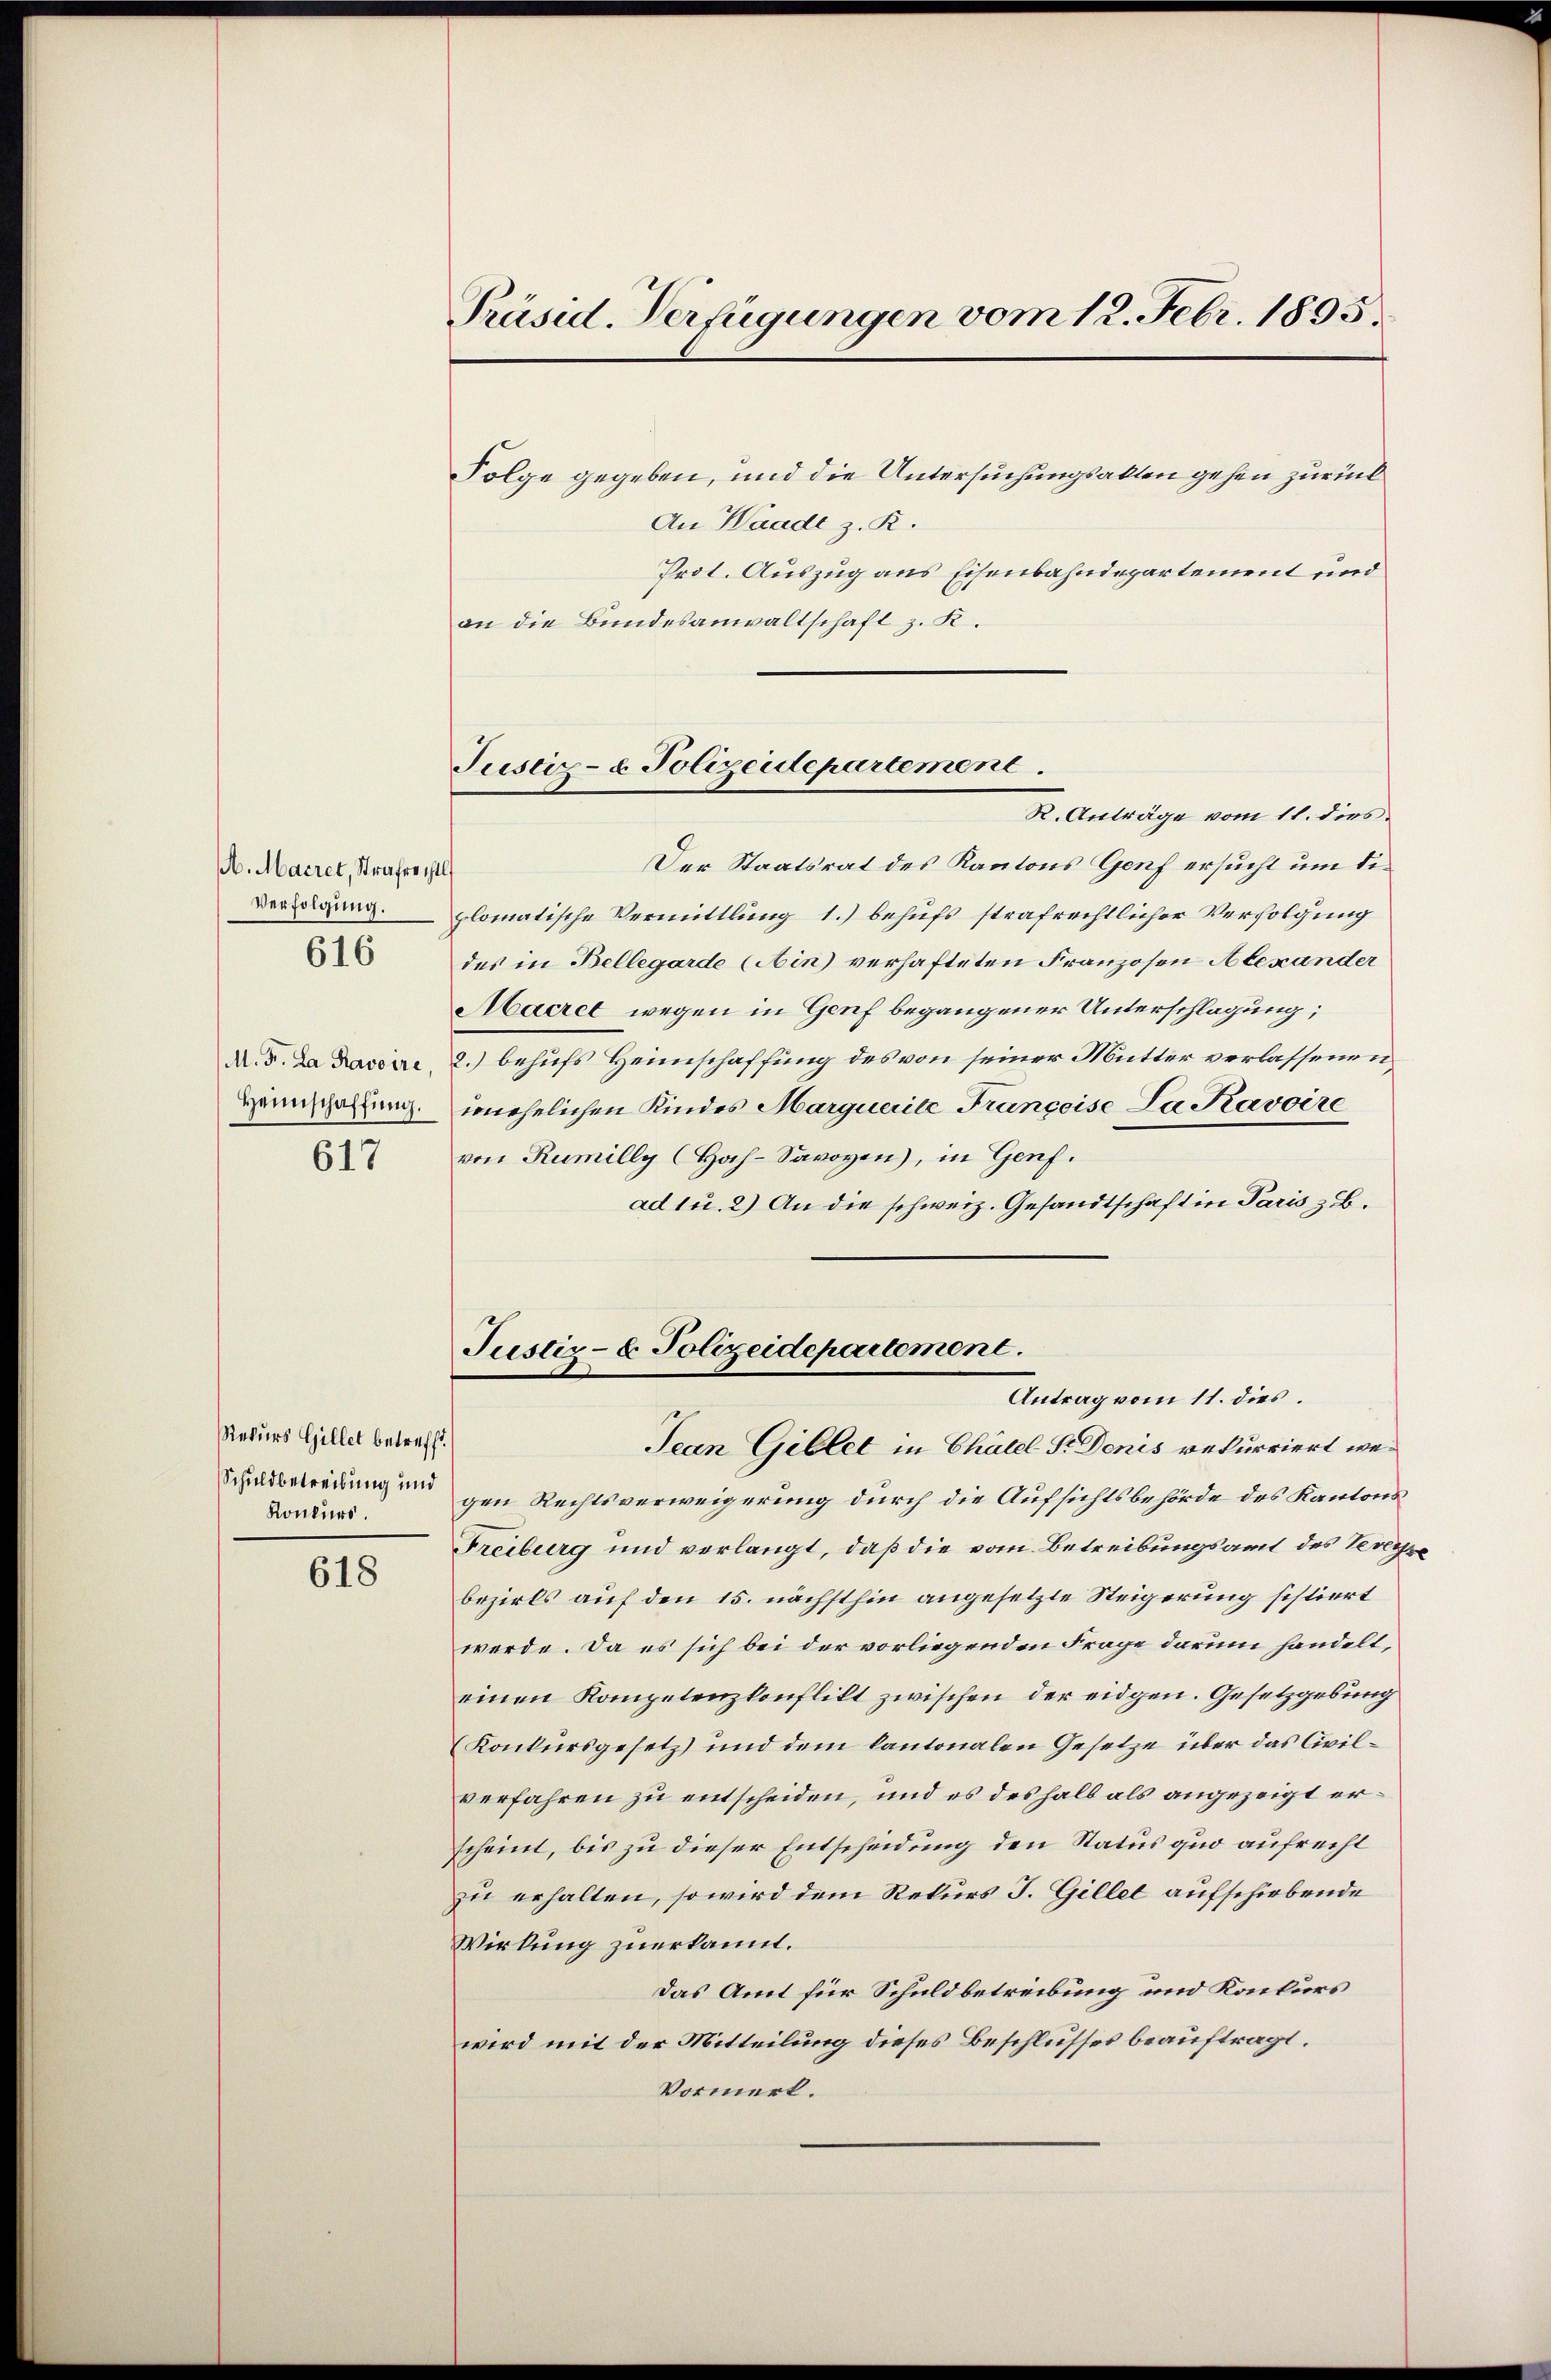
. Maeret, Strafrec
Verfolgung.
616

M. F. La Ravoire
Heimschaffung.

617

Rekurs Gillet betreff
Schuldbetreibung und
Konkurs.

618

Präsid. Verfügungen vom 12. Febr. 1895.

Justiz- & Polizeidepartement.

Folge gegeben, und die Untersuchungsalten gehen zurück
An Waadt z. R.
Prot. Auszug aus Eisenbahndepartement und
an die Bundesanwaltschaft z. R.
R. Anträge vom 11. dies
Der Staatsrat des Kantons Genf ersucht um die
plomatische Vermittlung 1.) behufs strafrechtlicher Verfolgung
des in Bellegarde (Ain) verhafteten Franzosen Alexander
Macret wegen in Genf begangener Unterschlagung;
2.) behufs Heimschaffung des von seiner Mutter verlassenen,
unehelichen Kindes Marquerite Francoise Da Kavoire
von Rumilly Hoch-Savoyen), in Genf.
ad 1. 2.) An die schweiz. Gesandtschaft in Paris z. B.
Justiz- & Polizeidepartement.
Antrag vom 11. dies
Jean Gillet in Chatel Sr. Denis rekurriert wegen Rechtsverweigerung durch die Aufsichtsbehörde des Kantons
Freiburg und verlangt, daß die vom Betreibungsamt des Veveybezirks auf den 15. nächsthin angesetzte Steigerung sistiert
werde. Da es sich bei der vorliegenden Frage darum handelt,
einen Kompetenzkonflikt zwischen der eidgen. Gesetzgebung
Konkursgesetz und dem kantonalen Gesetze über das Civilverfahren zu entscheiden, und es deshalb als angezeigt erscheint, bis zu dieser Entscheidung den Status quo aufrecht
zu erhalten, so wird dem Rekurs J. Gillet aufschiebende
Wirkung zuerkannt.
Das Amt für Schuldbetreibung und Konkurs
wird mit der Mitteilung dieses Beschlusses beauftragt.
Vormerk.